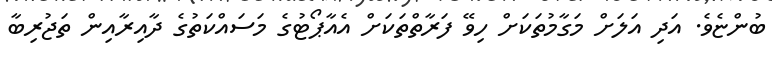
ބުންޏެވެ. އަދި އަލަށް މަގާމުތަކަށް ހިވޭ ފަރާތްތަކަށް އެއާޕޯޓުގެ މަސައްކަތުގެ ދާއިރާއިން ތަޖުރިބާ